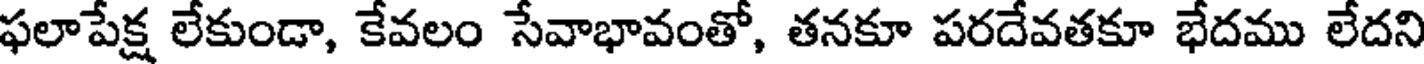
ఫలాపేక్ష లేకుండా, కేవలం సేవాభావంతో, తనకూ పరదేవతకూ భేదము లేదని